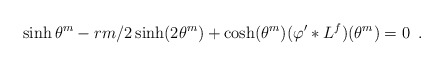
\begin{align*}\sinh \theta ^{m}-rm/2\sinh (2\theta ^{m})+\cosh (\theta ^{m})(\varphi^{\prime }*L^{f})(\theta ^{m})=0\,\,\,.\end{align*}